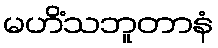
မဟိံသဘူတာနံ